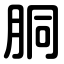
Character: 胴